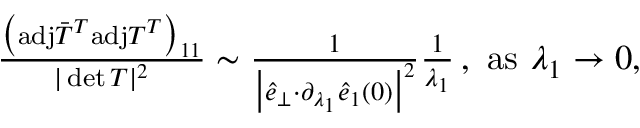
\begin{array} { r } { \! \! \! \frac { \big ( \mathrm { a d j } \bar { T } ^ { T } \mathrm { a d j } T ^ { T } \big ) _ { 1 1 } } { \vert \operatorname* { d e t } T \vert ^ { 2 } } \sim \frac { 1 } { \big \vert \hat { e } _ { \perp } { \cdot } \partial _ { \lambda _ { 1 } } \hat { e } _ { 1 } ( 0 ) \big \vert ^ { 2 } } \frac { 1 } { \lambda _ { 1 } } \, , ~ \mathrm { a s } ~ \lambda _ { 1 } \rightarrow 0 , } \end{array}